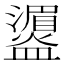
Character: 𪾛